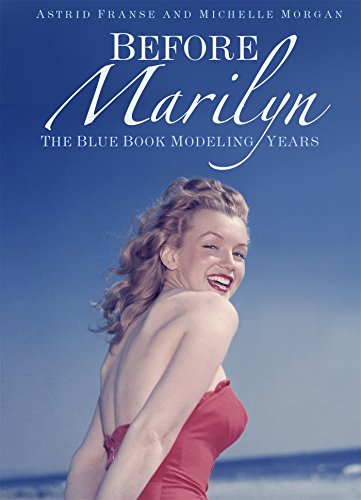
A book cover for Before Marilyn: The Blue Book Modeling Years; Astrid Franse; Arts & Photography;